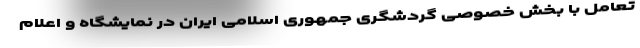
تعامل با بخش خصوصی گردشگری جمهوری اسلامی ایران در نمایشگاه و اعلام